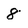
Character: 8